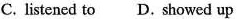
C. listened to D. Showed up